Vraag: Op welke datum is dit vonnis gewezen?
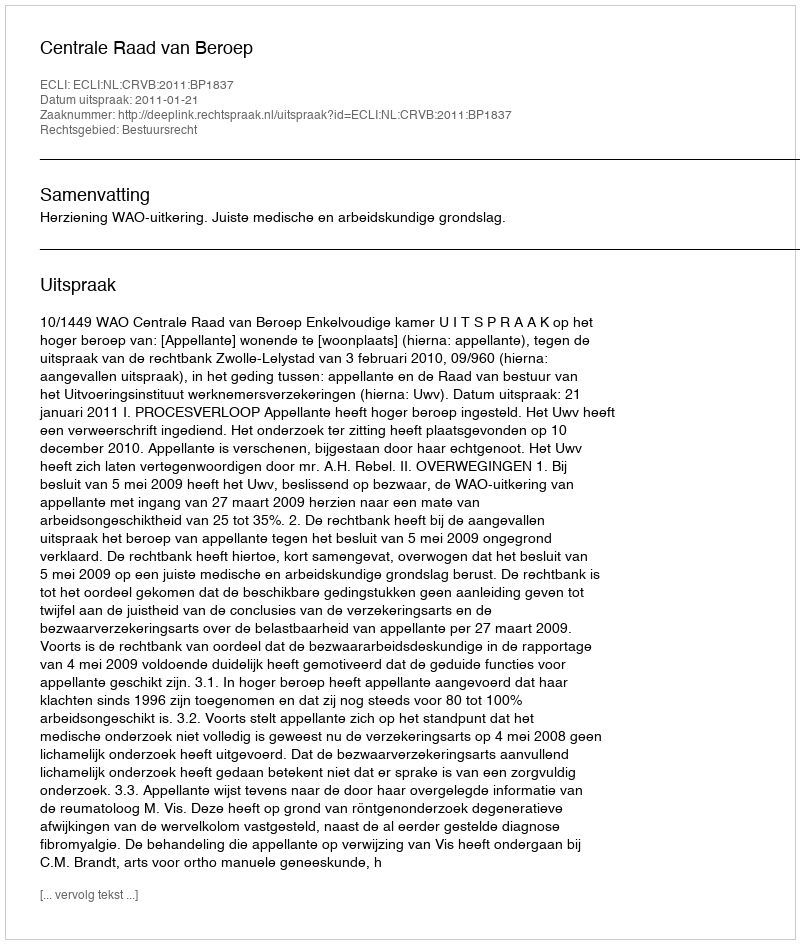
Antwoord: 2011-01-21